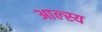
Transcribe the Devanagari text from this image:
आल्स्य